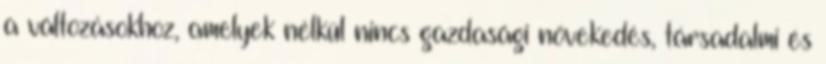
a változásokhoz, amelyek nélkül nincs gazdasági növekedés, társadalmi és